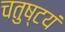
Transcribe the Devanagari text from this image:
चतुष्टयं